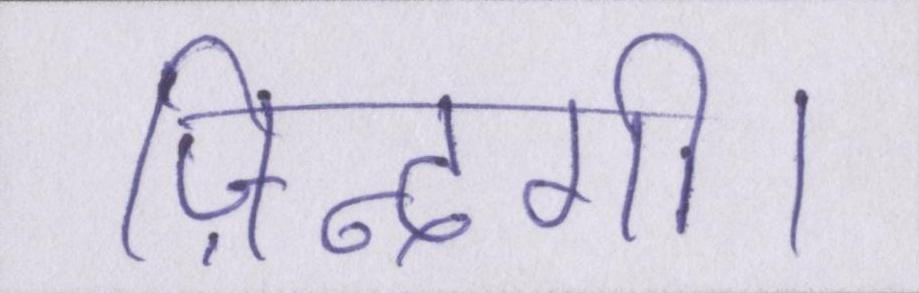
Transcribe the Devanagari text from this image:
ज़िन्दगी।